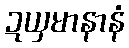
ဍယှမာနာနံ